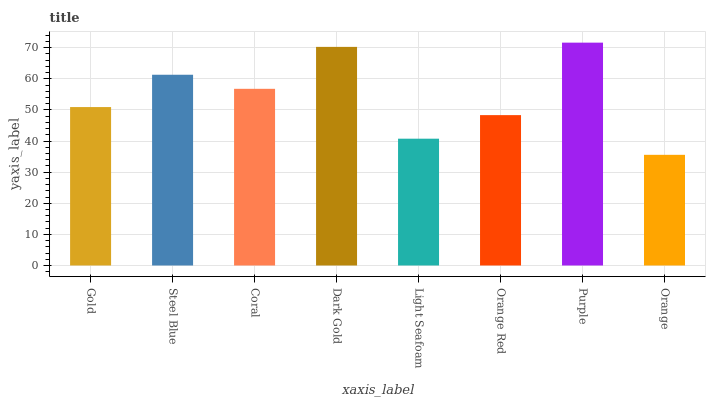
| xaxis_label | bars |
 | --- | --- |
 | Gold | 50.9 |
 | Steel Blue | 61.3 |
 | Coral | 56.8 |
 | Dark Gold | 70.3 |
 | Light Seafoam | 40.8 |
 | Orange Red | 48.3 |
 | Purple | 71.6 |
 | Orange | 35.6 |